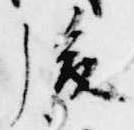
後